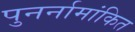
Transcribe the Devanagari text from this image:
पुनर्नामांकित